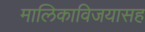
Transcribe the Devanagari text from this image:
मालिकाविजयासह